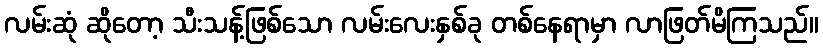
လမ်းဆုံ ဆိုတော့ သီးသန့်ဖြစ်သော လမ်းလေးနှစ်ခု တစ်နေရာမှာ လာဖြတ်မိကြသည်။